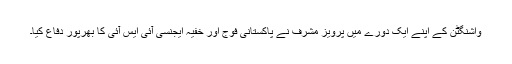
واشنگٹن کے اپنے ایک دورے میں پرویز مشرف نے پاکستانی فوج اور خفیہ ایجنسی آئی ایس آئی کا بھرپور دفاع کیا۔